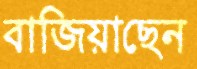
বাজিয়াছেন